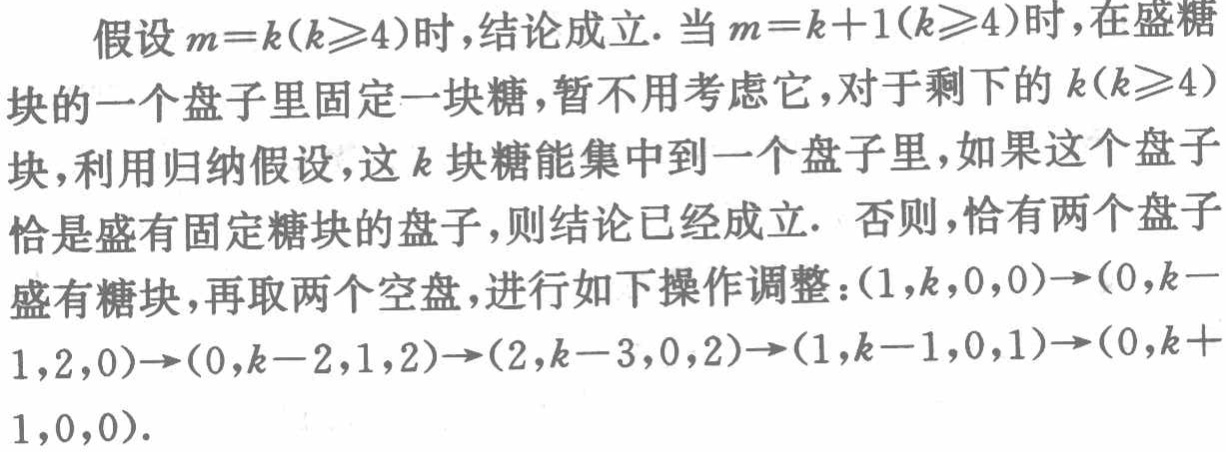
假设 \(m = k(k\geqslant4)\) 时，结论成立. 当 \(m = k + 1(k\geqslant4)\) 时，在盛糖块的一个盘子里固定一块糖，暂不用考虑它，对于剩下的 \(k(k\geqslant4)\) 块，利用归纳假设，这 \(k\) 块糖能集中到一个盘子里，如果这个盘子恰是盛有固定糖块的盘子，则结论已经成立. 否则，恰有两个盘子盛有糖块，再取两个空盘，进行如下操作调整：\((1,k,0,0)\to(0,k - 1,2,0)\to(0,k - 2,1,2)\to(2,k - 3,0,2)\to(1,k - 1,0,1)\to(0,k + 1,0,0)\).